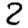
Digit: 2